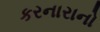
કરનારાનો